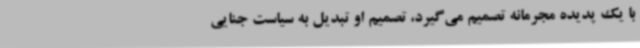
با یک پدیده مجرمانه تصمیم می‌گیرد، تصمیم او تبدیل به سیاست جنایی